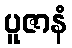
ပူဇာနံ